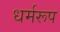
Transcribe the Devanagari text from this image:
धर्मरूप